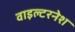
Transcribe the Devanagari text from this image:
वाइल्टरनेश